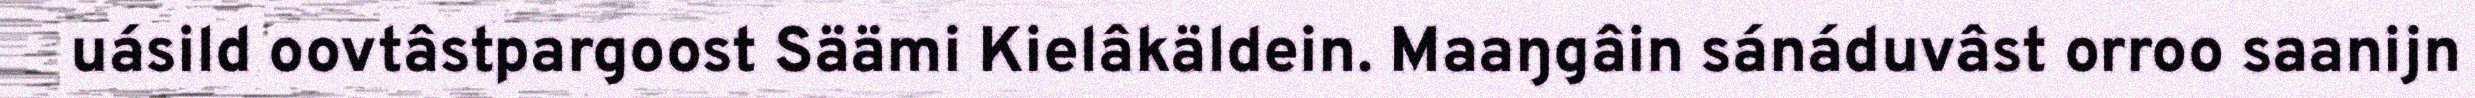
uásild oovtâstpargoost Säämi Kielâkäldein. Maaŋgâin sánáduvâst orroo saanijn